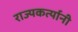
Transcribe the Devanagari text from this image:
राज्यकर्त्यानी